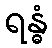
ရန္ဓံ